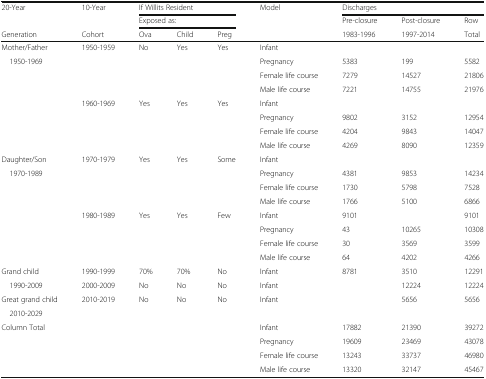
<table><thead><tr><td rowspan="2"><b>20-Year</b></td><td rowspan="2"><b>10-Year</b></td><td colspan="3"><b>If Willits Resident</b></td><td rowspan="3"><b>Model</b></td><td colspan="3"><b>Discharges</b></td></tr><tr><td colspan="3"><b>Exposed as:</b></td><td><b>Pre-closure</b></td><td><b>Post-closure</b></td><td><b>Row</b></td></tr><tr><td><b>Generation</b></td><td><b>Cohort</b></td><td><b>Ova</b></td><td><b>Child</b></td><td><b>Preg</b></td><td><b>1983-1996</b></td><td><b>1997-2014</b></td><td><b>Total</b></td></tr></thead><tbody><tr><td>Mother/Father</td><td>1950-1959</td><td>No</td><td>Yes</td><td>Yes</td><td>Infant</td><td></td><td></td><td></td></tr><tr><td rowspan="7"> 1950-1969</td><td></td><td></td><td></td><td></td><td>Pregnancy</td><td>5383</td><td>199</td><td>5582</td></tr><tr><td></td><td></td><td></td><td></td><td>Female life course</td><td>7279</td><td>14527</td><td>21806</td></tr><tr><td></td><td></td><td></td><td></td><td>Male life course</td><td>7221</td><td>14755</td><td>21976</td></tr><tr><td>1960-1969</td><td>Yes</td><td>Yes</td><td>Yes</td><td>Infant</td><td></td><td></td><td></td></tr><tr><td></td><td></td><td></td><td></td><td>Pregnancy</td><td>9802</td><td>3152</td><td>12954</td></tr><tr><td></td><td></td><td></td><td></td><td>Female life course</td><td>4204</td><td>9843</td><td>14047</td></tr><tr><td></td><td></td><td></td><td></td><td>Male life course</td><td>4269</td><td>8090</td><td>12359</td></tr><tr><td>Daughter/Son</td><td>1970-1979</td><td>Yes</td><td>Yes</td><td>Some</td><td>Infant</td><td></td><td></td><td></td></tr><tr><td rowspan="7"> 1970-1989</td><td></td><td></td><td></td><td></td><td>Pregnancy</td><td>4381</td><td>9853</td><td>14234</td></tr><tr><td></td><td></td><td></td><td></td><td>Female life course</td><td>1730</td><td>5798</td><td>7528</td></tr><tr><td></td><td></td><td></td><td></td><td>Male life course</td><td>1766</td><td>5100</td><td>6866</td></tr><tr><td>1980-1989</td><td>Yes</td><td>Yes</td><td>Few</td><td>Infant</td><td>9101</td><td></td><td>9101</td></tr><tr><td></td><td></td><td></td><td></td><td>Pregnancy</td><td>43</td><td>10265</td><td>10308</td></tr><tr><td></td><td></td><td></td><td></td><td>Female life course</td><td>30</td><td>3569</td><td>3599</td></tr><tr><td></td><td></td><td></td><td></td><td>Male life course</td><td>64</td><td>4202</td><td>4266</td></tr><tr><td>Grand child</td><td>1990-1999</td><td>70%</td><td>70%</td><td>No</td><td>Infant</td><td>8781</td><td>3510</td><td>12291</td></tr><tr><td> 1990-2009</td><td>2000-2009</td><td>No</td><td>No</td><td>No</td><td>Infant</td><td></td><td>12224</td><td>12224</td></tr><tr><td>Great grand child</td><td>2010-2019</td><td>No</td><td>No</td><td>No</td><td>Infant</td><td></td><td>5656</td><td>5656</td></tr><tr><td> 2010-2029</td><td></td><td></td><td></td><td></td><td></td><td></td><td></td><td></td></tr><tr><td rowspan="4">Column Total</td><td></td><td></td><td></td><td></td><td>Infant</td><td>17882</td><td>21390</td><td>39272</td></tr><tr><td></td><td></td><td></td><td></td><td>Pregnancy</td><td>19609</td><td>23469</td><td>43078</td></tr><tr><td></td><td></td><td></td><td></td><td>Female life course</td><td>13243</td><td>33737</td><td>46980</td></tr><tr><td></td><td></td><td></td><td></td><td>Male life course</td><td>13320</td><td>32147</td><td>45467</td></tr></tbody></table>